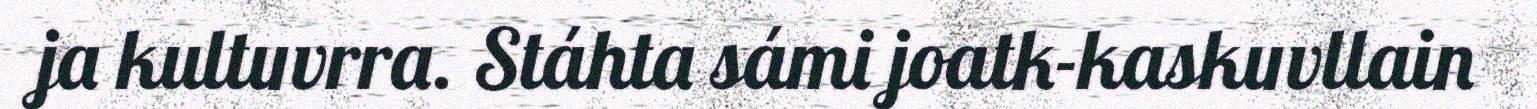
ja kultuvrra. Stáhta sámi joatk-kaskuvllain